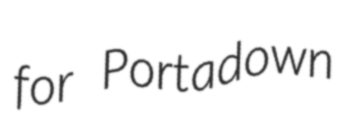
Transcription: for Portadown